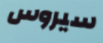
سيروس